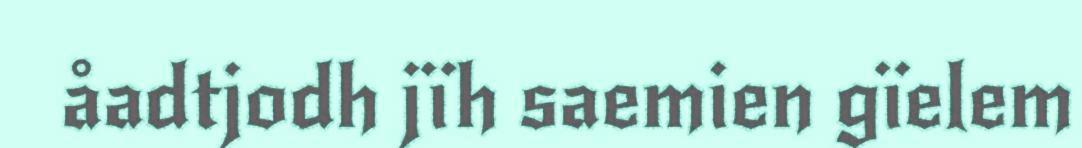
åadtjodh jïh saemien gïelem